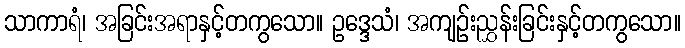
သာကာရံ၊ အခြင်းအရာနှင့်တကွသော။ ဥဒ္ဒေသံ၊ အကျဉ်းညွှန်းခြင်းနှင့်တကွသော။